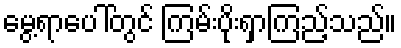
မွေ့ရာပေါ်တွင် ကြမ်းပိုးရှာကြည့်သည်။